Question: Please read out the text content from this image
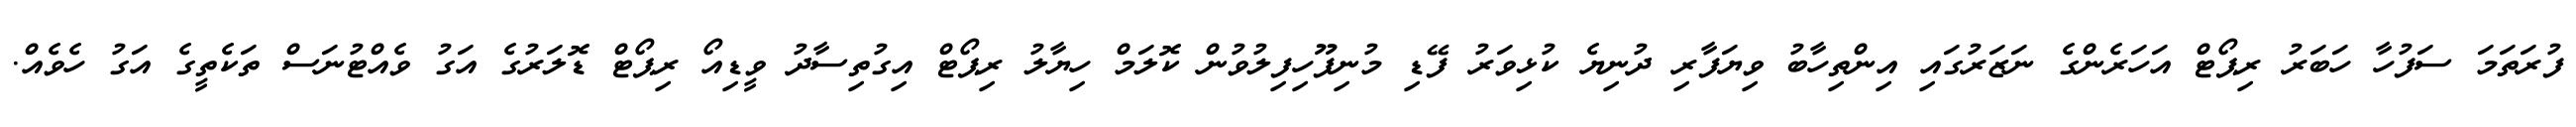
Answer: ފުރަތަމަ ސަފުހާ ހަބަރު ރިޕޯޓް އަހަރެންގެ ނަޒަރުގައި އިންތިހާބު ވިޔަފާރި ދުނިޔެ ކުޅިވަރު ފޭޑި މުނިފޫހިފިލުވުން ކޮލަމް ހިޔާލު ރިޕޯޓް އިގުތިސާދު ވީޑިއޯ ރިޕޯޓް ޑޮލަރުގެ އަގު ވެއްޓުނަސް ތަކެތީގެ އަގު ހެވެއް.